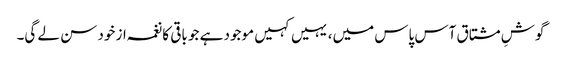
گوشِ مشتاق آس پاس میں، یہیں کہیں موجود ہے جو باقی کا نغمہ از خود سن لے گی۔